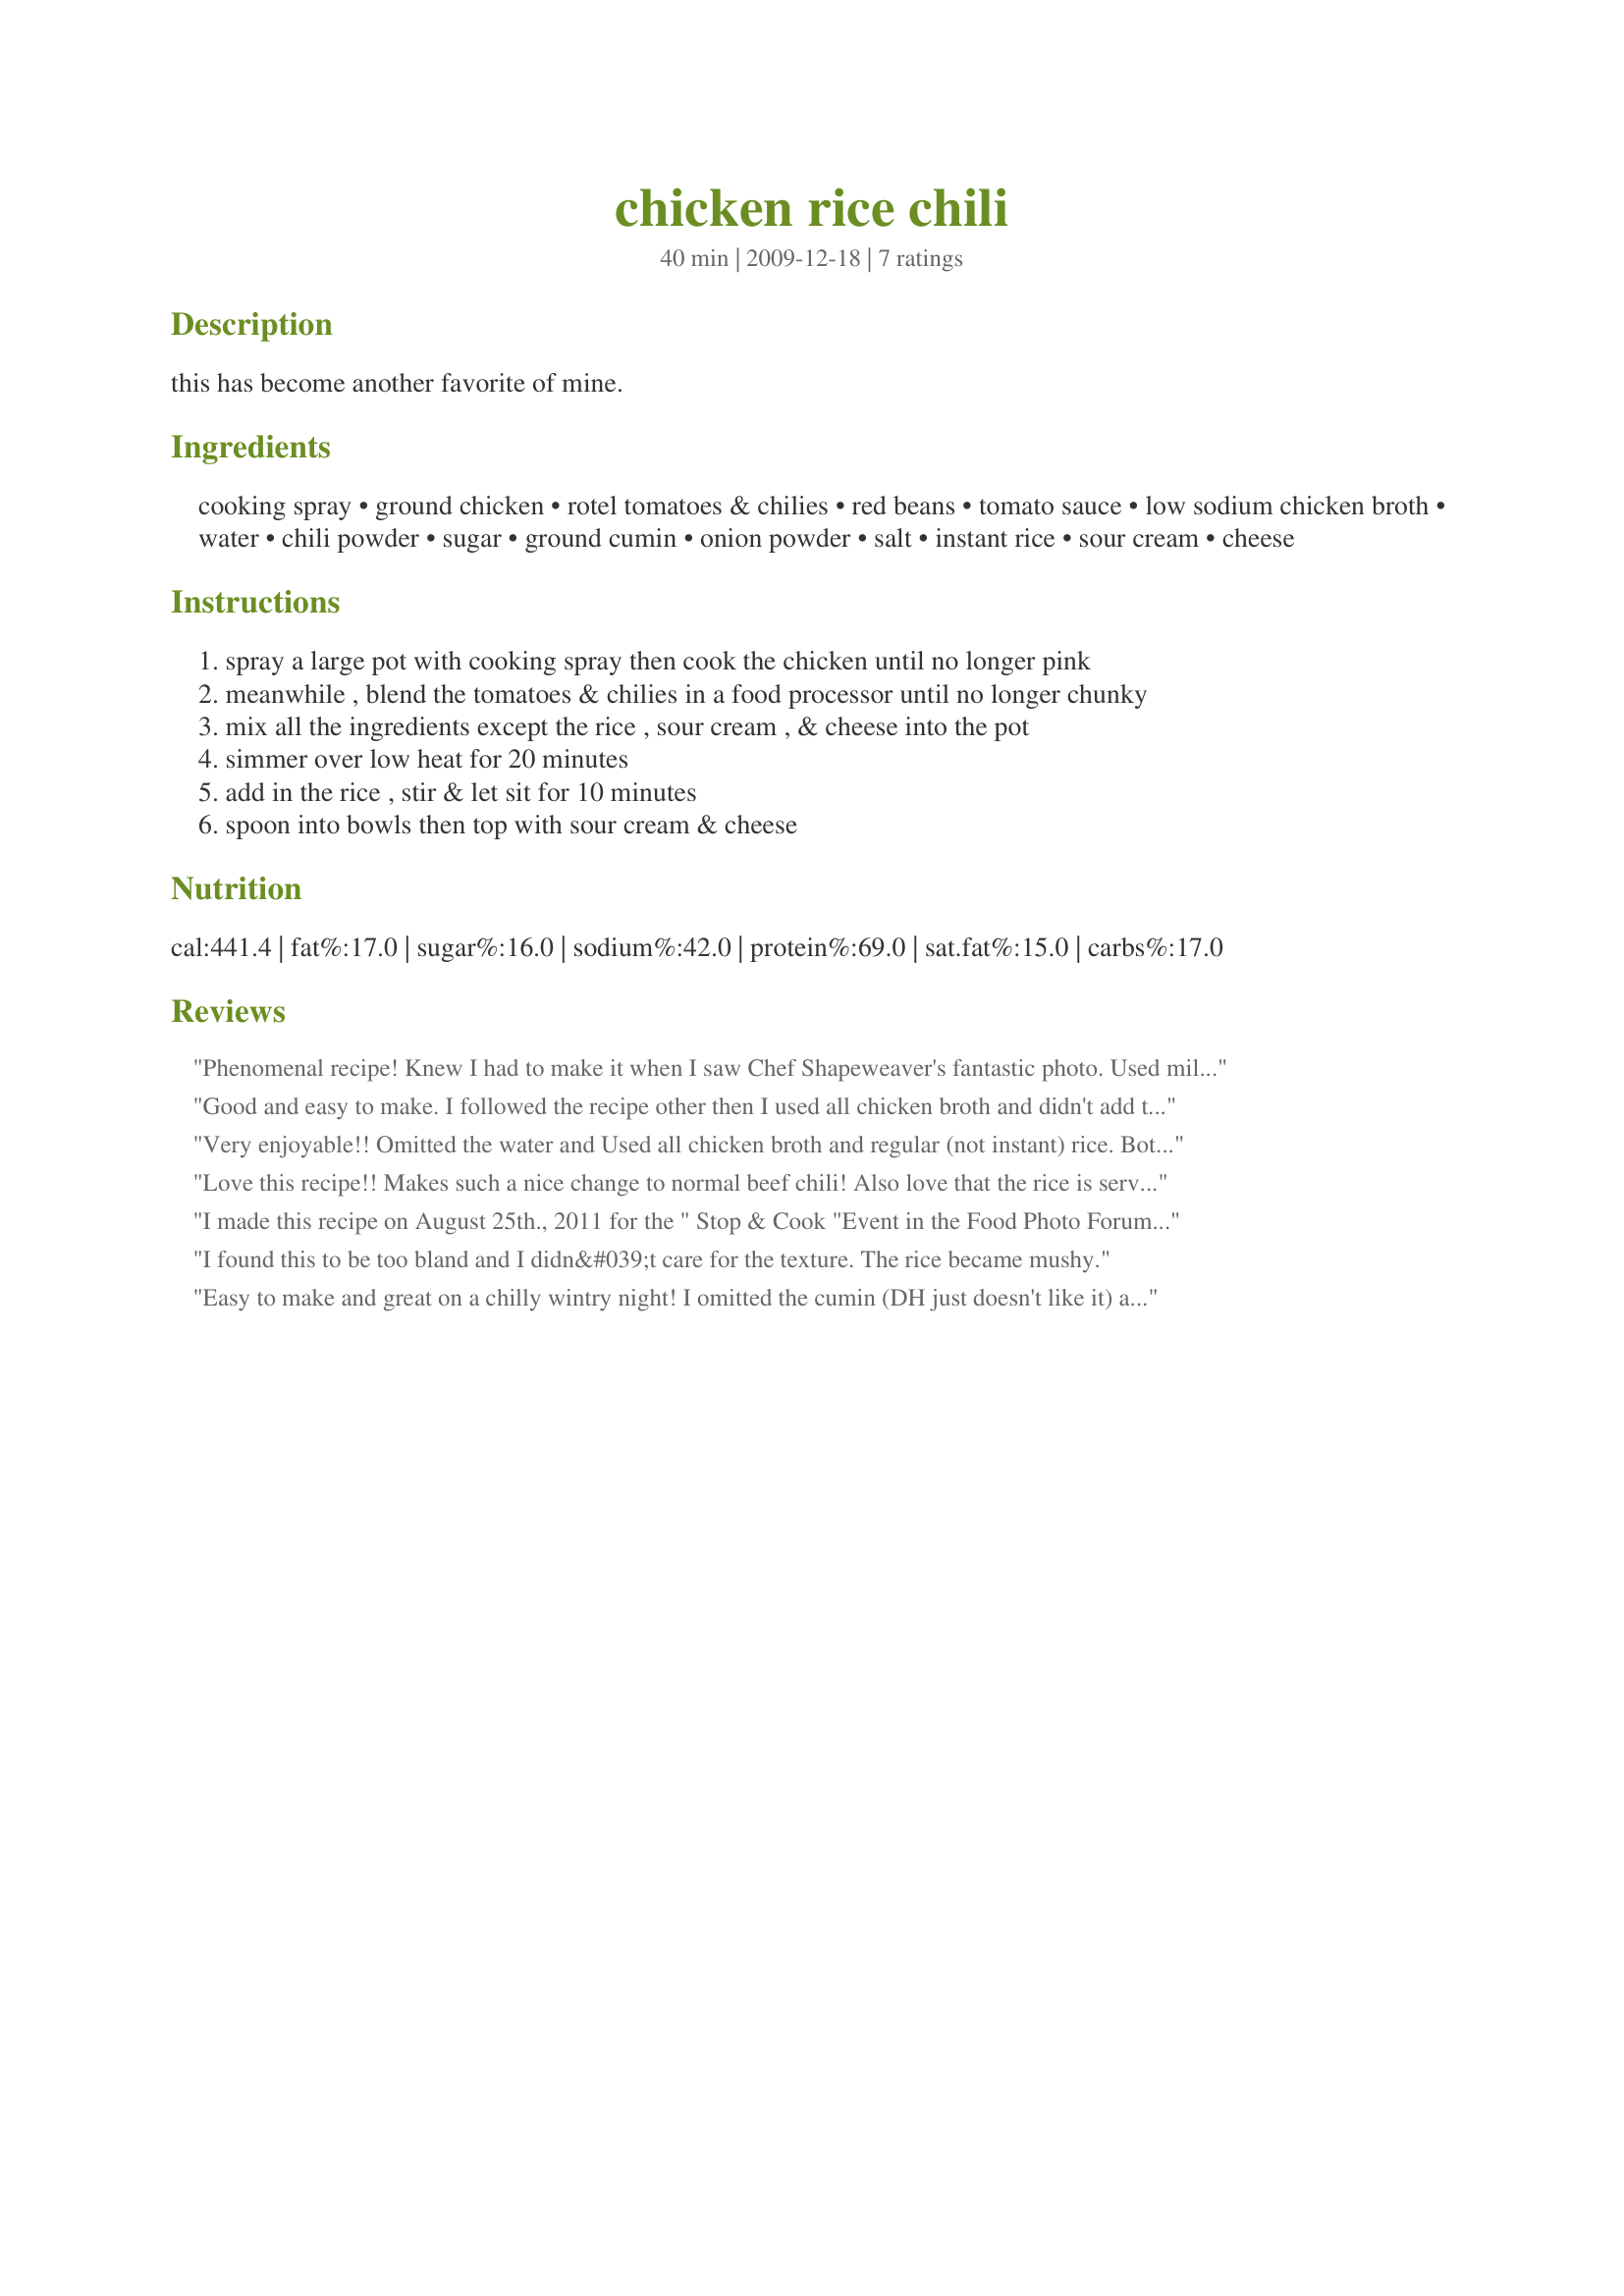
chicken rice chili
Preparation time: 40 minutes

this has become another favorite of mine.

Ingredients:
cooking spray, ground chicken, rotel tomatoes & chilies, red beans, tomato sauce, low sodium chicken broth, water, chili powder, sugar, ground cumin, onion powder, salt, instant rice, sour cream, cheese

Steps:
spray a large pot with cooking spray then cook the chicken until no longer pink
meanwhile , blend the tomatoes & chilies in a food processor until no longer chunky
mix all the ingredients except the rice , sour cream , & cheese into the pot
simmer over low heat for 20 minutes
add in the rice , stir & let sit for 10 minutes
spoon into bowls then top with sour cream & cheese

Reviews:
Phenomenal recipe! Knew I had to make it when I saw Chef Shapeweaver's fantastic photo. Used mild Rotel tomatoes and omitted cheddar cheese and sour cream - don't need the extra calories. Easy and delicious! Going into my Favorites file. Thanks so much.
Good and easy to make. I followed the recipe other then I used all chicken broth and didn't add the sour cream just the cheese. Made for Spring PAC 2011.
Very enjoyable!! Omitted the water and Used all chicken broth and regular (not instant) rice. Both myself and my husband enjoyed this recipe...it was good with or without the cheese and/or sour cream. Thanks for posting this...I'll be serving this again on another cold wintery day.
Love this recipe!! Makes such a nice change to normal beef chili! Also love that the rice is served in it as well! This is delicious and so full of flavour!
I made this recipe on August 25th., 2011 for the " Stop & Cook "Event in the Food Photo Forum and most importantly for mine and my SO's Dinner.I did make a couple of changes to the recipe, instead of using a water/chicken broth blend all chicken broth was used.And instead of blending the Ro-tel tomatoes all the way, I left some chunks in it.As the other reviewer's did the sour cream was omitted.I've tried other chicken chili recipes and they didn't taste quite right,but this one had just the right amount of seasonings. My SO said this one is a " KEEPER " :) Thank you for posting and, " Keep Smiling :) "
I found this to be too bland and I didn&#039;t care for the texture. The rice became mushy.
Easy to make and great on a chilly wintry night! I omitted the cumin (DH just doesn't like it) and accidently doubled the onion powder. I used ground turkey and used "instant" brown rice which actually has to cook about 15 minutes. I added the rice after the broth and water began to boil, and it easily got done. Served with cheese but not sour cream. Thanks for posting.
